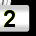
Digit: 2